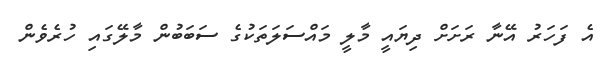
އެ ފަހަރު އޭނާ ރަށަށް ދިޔައީ މާލީ މައްސަލަތަކުގެ ސަބަބުން މާލޭގައި ހުރެވެން